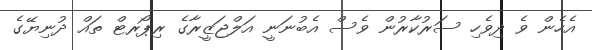
އެހެން ވެ ދިވެހި ސަރުކާރުން ވެސް އެބުނަނީ އަލްޖަޒީރާގެ ރިޕޯރޓް ތައް ދުނިޔޭގެ